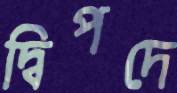
দ্বিপদে